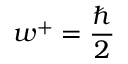
w ^ { + } = \frac { \hslash } { 2 }